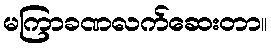
မကြာခဏလက်ဆေးတာ။